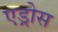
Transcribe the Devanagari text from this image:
एड्रोस